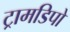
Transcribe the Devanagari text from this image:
ट्रामडिपो